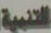
التنبية